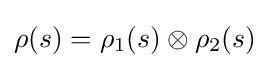
\rho (s)=\rho _{1}(s)\otimes \rho _{2}(s)